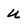
Character: u